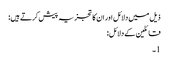
ذیل میں دلائل اور ان کا تجزیہ پیش کرتے ہیں:
قائلین کے دلائل:
1۔